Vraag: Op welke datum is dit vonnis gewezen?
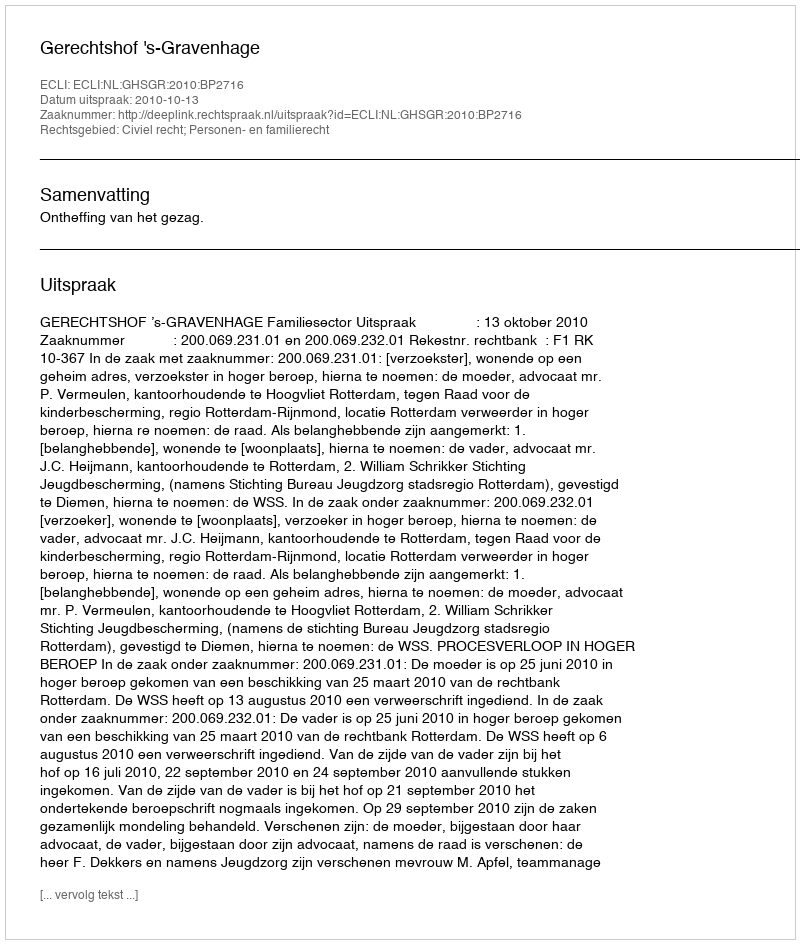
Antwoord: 2010-10-13